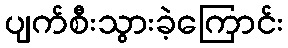
ပျက်စီးသွားခဲ့ကြောင်း